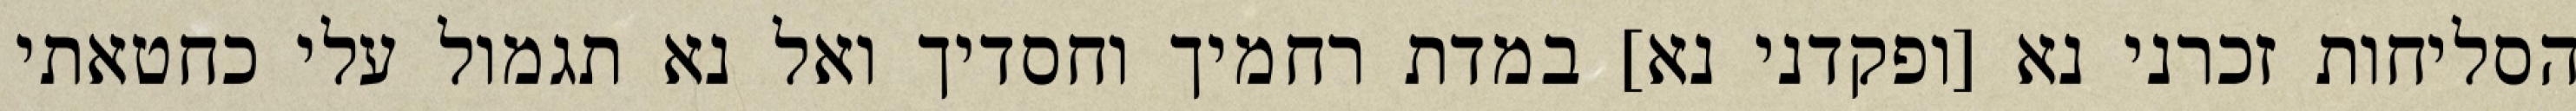
הסליחות זכרני נא [ופקדני נא] במדת רחמיך וחסדיך ואל נא תגמול עלי כחטאתי